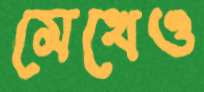
মেখেও